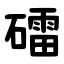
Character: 礌